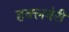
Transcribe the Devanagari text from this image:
हक्लबेरी